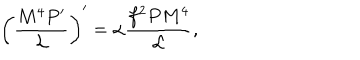
LaTeX: \left( \frac { M ^ { 4 } P ^ { \prime } } { { \cal L } } \right) ^ { \prime } = \alpha \frac { f ^ { 2 } P M ^ { 4 } } { \cal L } ,